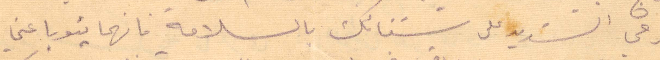
فرحي الشديد على شفائك بالسلامة فانهما يتوبا عني